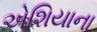
એશિયાના